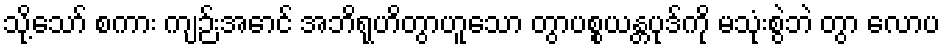
သို့သော် စကား ကျဉ်းအောင် အဘိရုဟိတွာဟူသော တွာပစ္စယန္တပုဒ်ကို မသုံးစွဲဘဲ တွာ လောပ